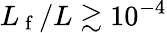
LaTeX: L_{\mathrm{~f~}}/L\gtrsim 10^{-4}